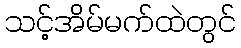
သင့်အိမ်မက်ထဲတွင်